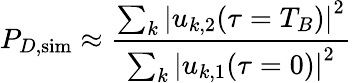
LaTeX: P_{D,\mathrm{{sim}}}\approx\frac{\sum_{k}\left|u_{k,2}(\tau=T_{B})\right|^{2}}{\sum_{k}\left|u_{k,1}(\tau=0)\right|^{2}}